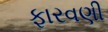
ફારવણી